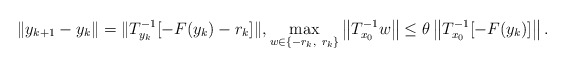
\begin{align*}\|y_{k+1}-y_k\|= \| T_{y_k}^{-1}[-F(y_k)-r_k]\|, \max_{w\in \{-r_k,~ r_k \}} \left\|T_{x_0}^{-1}w\right\| \leq \theta \left\|T_{x_0}^{-1}[-F(y_k)]\right\|.\end{align*}